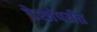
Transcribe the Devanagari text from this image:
देशांपर्यंत